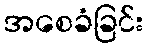
အစေခံခြင်း